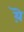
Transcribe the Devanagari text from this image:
य़ॆ